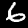
Digit: 6